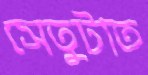
সেতুটাত